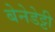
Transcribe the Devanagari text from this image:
बेनेडेट्टी